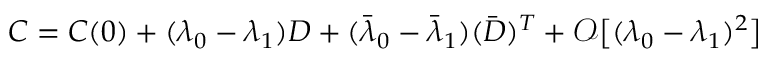
\begin{array} { r } { C = C ( 0 ) + ( \lambda _ { 0 } - \lambda _ { 1 } ) D + ( \bar { \lambda } _ { 0 } - \bar { \lambda } _ { 1 } ) ( \bar { D } ) ^ { T } + \mathcal { O } \big [ ( \lambda _ { 0 } - \lambda _ { 1 } ) ^ { 2 } \big ] } \end{array}